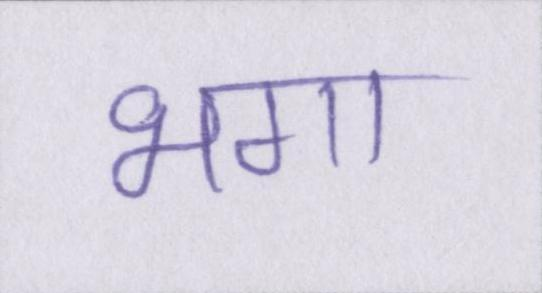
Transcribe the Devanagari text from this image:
भगा